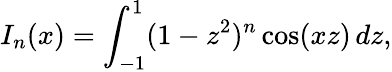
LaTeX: I_{n}(x)=\int_{-1}^{1}(1-z^{2})^{n}\cos(xz)\, dz,